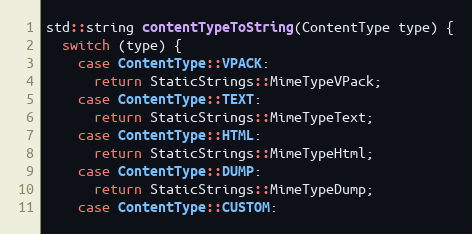
Language: C++
std::string contentTypeToString(ContentType type) {
  switch (type) {
    case ContentType::VPACK:
      return StaticStrings::MimeTypeVPack;
    case ContentType::TEXT:
      return StaticStrings::MimeTypeText;
    case ContentType::HTML:
      return StaticStrings::MimeTypeHtml;
    case ContentType::DUMP:
      return StaticStrings::MimeTypeDump;
    case ContentType::CUSTOM: